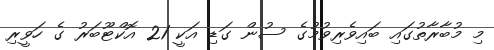
މި މުބާރާތުގައި ބައިވެރިވުމުގެ ސުން ގަޑި އަކީ 21 އޮކްޓޫބަރު ގެ ހަވީރި